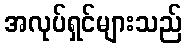
အလုပ်ရှင်များသည်